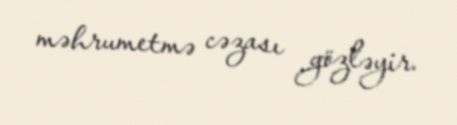
məhrumetmə cəzası gözləyir.